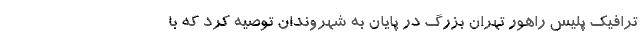
ترافیک پلیس راهور تهران بزرگ در پایان به شهروندان توصیه کرد که با